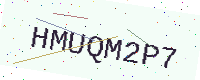
Text: HMUQM2P7